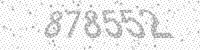
Solution: 878552